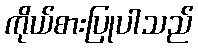
ကိုယ်စားပြုပါသည်